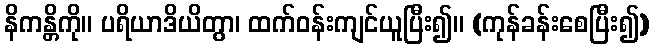
နိကန္တိကို။ ပရိယာဒိယိတွာ၊ ထက်ဝန်းကျင်ယူပြီး၍။ (ကုန်ခန်းစေပြီး၍)